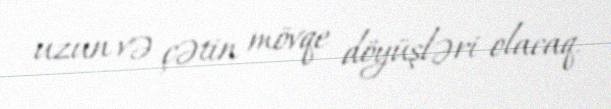
uzun və çətin mövqe döyüşləri olacaq.